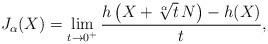
LaTeX: \begin{align*} J_{\alpha}(X) = \lim_{t \rightarrow 0^{+}} \frac{h \left( X + \sqrt[\alpha]{t} \, N \right) - h(X)}{t}, \end{align*}